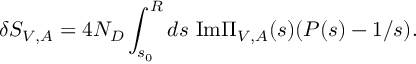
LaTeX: \delta S _ { V , A } = 4 N _ { D } \int _ { s _ { 0 } } ^ { R } d s ~ \mathrm { I m } \Pi _ { V , A } ( s ) ( P ( s ) - 1 / s ) .